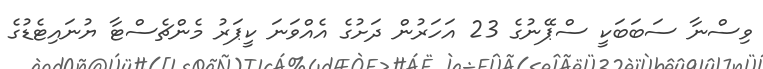
ވިސްނާ ސަބަބަކީ ސްޕޭނުގެ 23 އަހަރުން ދަށުގެ އެއްވަނަ ކީޕަރު މެންޗެސްޓާ ޔުނައިޓެޑުގެ